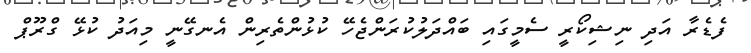
ފެޑެރާ އަދި ނިޝިކޯރީ ސެމީގައި ބައްދަލުކުރަންޖެހޭ ކުޅުންތެރިން އެނގޭނީ މިއަދު ކުޅޭ ގްރޫޕް